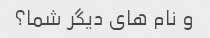
و نام های دیگر شما؟